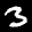
Label: 3